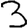
Digit: 3